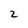
Character: 2